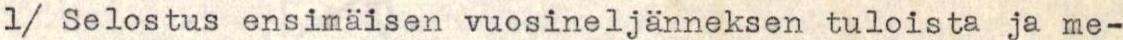
1/ Selostus ensimäisen vuosineljänneksen tuloista ja me-